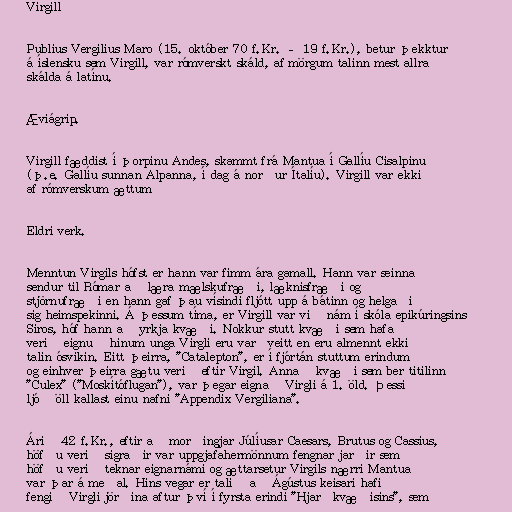
Virgill

Publius Vergilius Maro (15. október 70 f.Kr. – 19 f.Kr.), betur þekktur
á íslensku sem Virgill, var rómverskt skáld, af mörgum talinn mest allra
skálda á latínu.

Æviágrip.

Virgill fæddist í þorpinu Andes, skammt frá Mantua í Gallíu Cisalpinu
(þ.e. Gallíu sunnan Alpanna, í dag á norður Ítalíu). Virgill var ekki
af rómverskum ættum

Eldri verk.

Menntun Virgils hófst er hann var fimm ára gamall. Hann var seinna
sendur til Rómar að læra mælskufræði, læknisfræði og
stjörnufræði en hann gaf þau vísindi fljótt upp á bátinn og helgaði
sig heimspekinni. Á þessum tíma, er Virgill var við nám í skóla epikúringsins
Siros, hóf hann að yrkja kvæði. Nokkur stutt kvæði sem hafa
verið eignuð hinum unga Virgli eru varðveitt en eru almennt ekki
talin ósvikin. Eitt þeirra, "Catalepton", er í fjórtán stuttum erindum
og einhver þeirra gætu verið eftir Virgil. Annað kvæði sem ber titilinn
"Culex" ("Moskítóflugan"), var þegar eignað Virgli á 1. öld. Þessi
ljóð öll kallast einu nafni "Appendix Vergiliana".

Árið 42 f.Kr., eftir að morðingjar Júlíusar Caesars, Brutus og Cassius,
höfðu verið sigraðir var uppgjafahermönnum fengnar jarðir sem
höfðu verið teknar eignarnámi og ættarsetur Virgils nærri Mantua
var þar á meðal. Hins vegar er talið að Ágústus keisari hafi
fengið Virgli jörðina aftur því í fyrsta erindi "Hjarðkvæðisins", sem